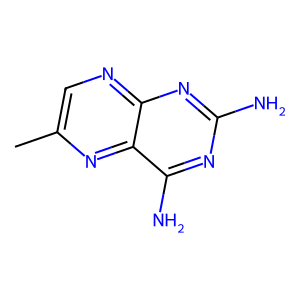
SMILES: Cc1cnc2nc(N)nc(N)c2n1
Inhibits HIV replication: No